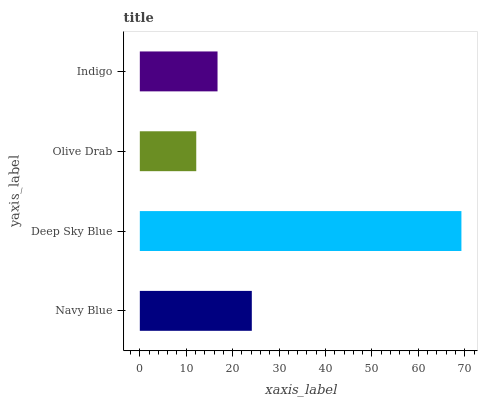
| yaxis_label | bars |
 | --- | --- |
 | Navy Blue | 24.1 |
 | Deep Sky Blue | 69.3 |
 | Olive Drab | 12.2 |
 | Indigo | 16.7 |